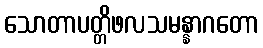
သောတာပတ္တိဖလသမန္နာဂတော